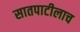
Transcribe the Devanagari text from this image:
सातपाटीलाच